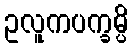
ဥလူကပက္ခမ္ပိ